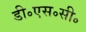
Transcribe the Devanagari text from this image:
डी॰एस॰सी॰